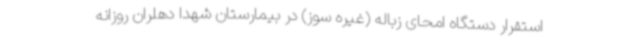
استقرار دستگاه امحای زباله (غیره سوز) در بیمارستان شهدا دهلران روزانه